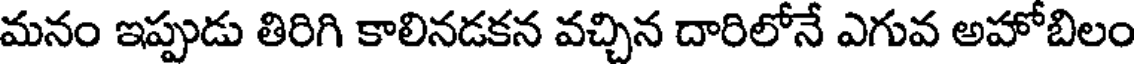
మనం ఇప్పుడు తిరిగి కాలినడకన వచ్చిన దారిలోనే ఎగువ అహోబిలం